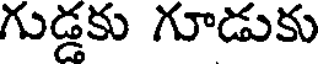
గుడ్డకు గూడుకు